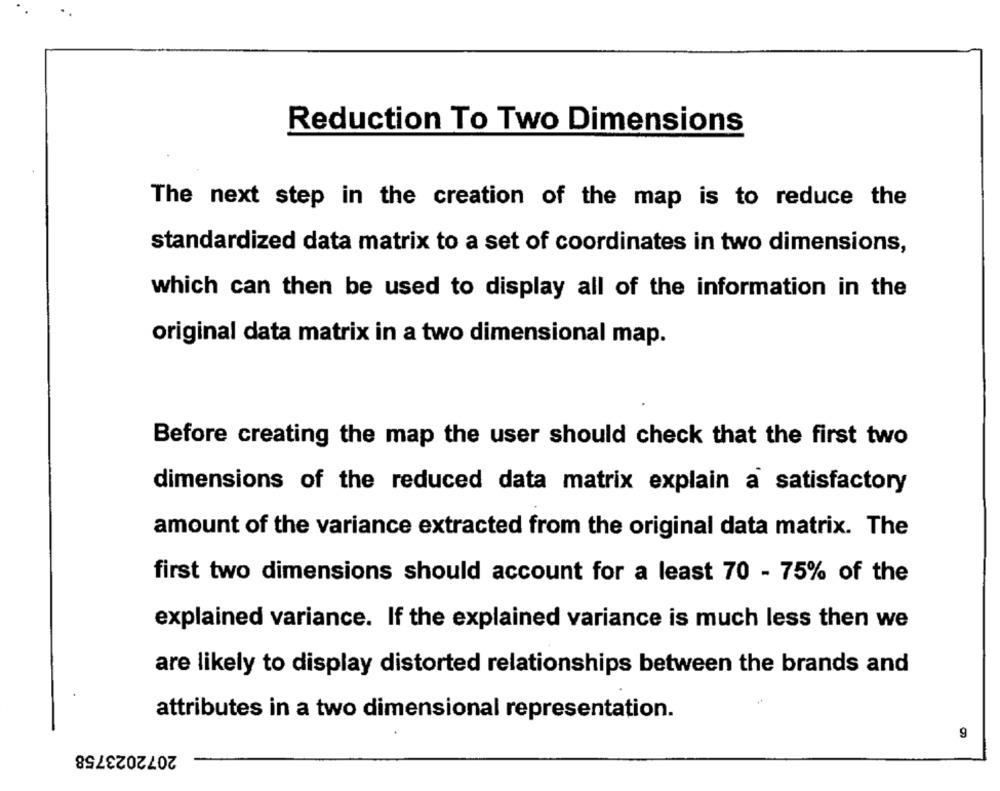
Reduction To Two Dimensions
The next step in the creation of the map is to reduce the
standardized data matrix to a set of coordinates in two dimensions,
which can then be used to display all of the information in the
original data matrix in a two dimensional map.
Before creating the map the user should check that the first two
dimensions of the reduced data matrix explain a satisfactory
amount of the variance extracted from the original data matrix. The
first two dimensions should account for a least 70 - 75% of the
explained variance. If the explained variance is much less then we
are likely to display distorted relationships between the brands and
attributes in a two dimensional representation.
2072023758